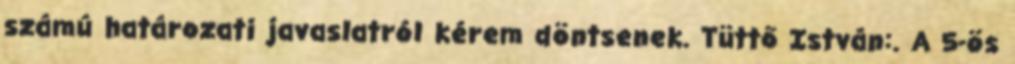
számú határozati javaslatról kérem döntsenek. Tüttő István:. A 5-ös